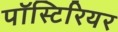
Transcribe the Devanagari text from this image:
पॉस्टिरियर